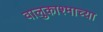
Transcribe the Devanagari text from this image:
वालुकाश्माच्या